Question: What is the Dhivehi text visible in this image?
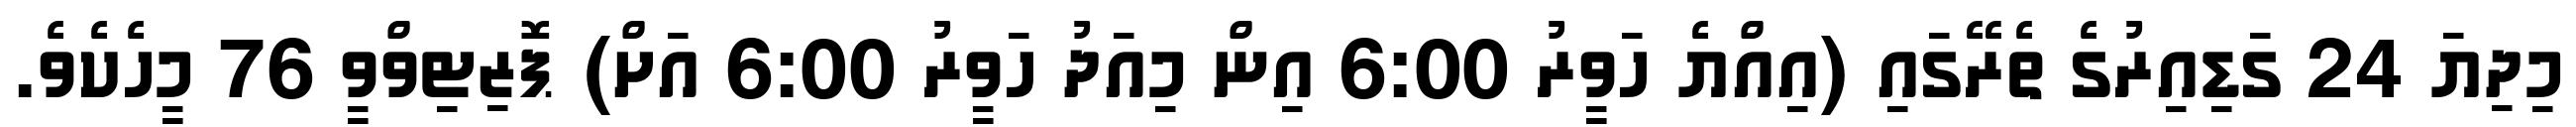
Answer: މިދިޔަ 24 ގަޑިއިރުގެ ތެރޭގައި (އިއްޔެ ހަވީރު 6:00 އިން މިއަދު ހަވީރު 6:00 އަށް) ޕޮޒިޓިވްވީ 76 މީހެކެވެ.